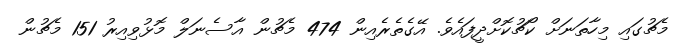
މެޗުގައި މިހާތަނަށް ކޯޗުކޮށްދީފައެވެ. އޭގެތެރެއިން 474 މެޗުން އާސެނަލް މޮޅުވިއިރު 151 މެޗުން